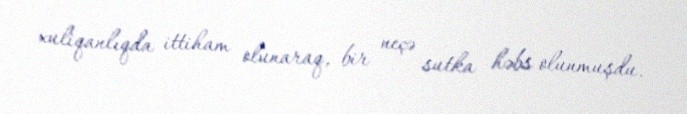
xuliqanlıqda ittiham olunaraq, bir neçə sutka həbs olunmuşdu.